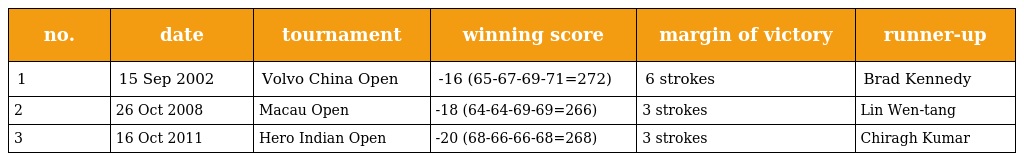
| no. | date | tournament | winning score | margin of victory | runner-up |
 | --- | --- | --- | --- | --- | --- |
 | 1 | 15 Sep 2002 | Volvo China Open | -16 (65-67-69-71=272) | 6 strokes | Brad Kennedy |
 | 2 | 26 Oct 2008 | Macau Open | -18 (64-64-69-69=266) | 3 strokes | Lin Wen-tang |
 | 3 | 16 Oct 2011 | Hero Indian Open | -20 (68-66-66-68=268) | 3 strokes | Chiragh Kumar |